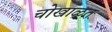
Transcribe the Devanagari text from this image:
चोखाळत